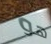
هو